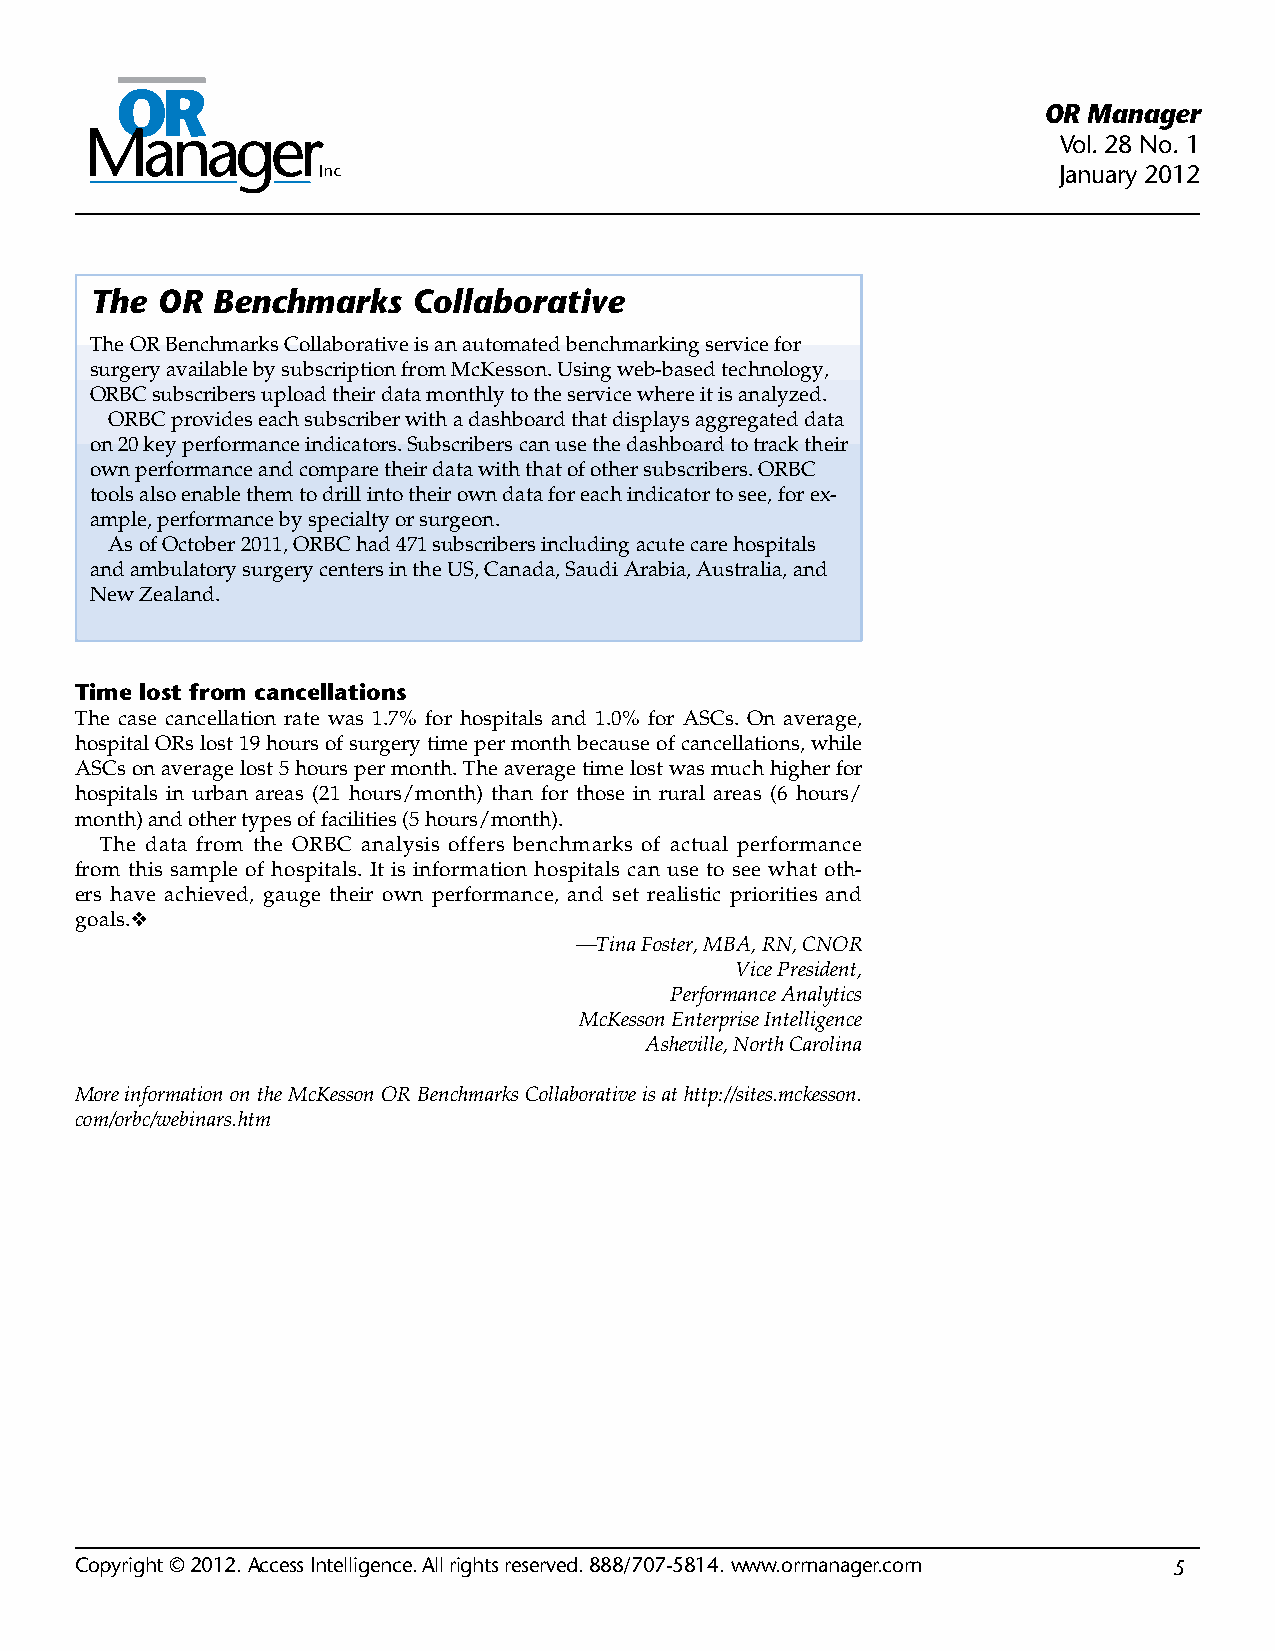
OR Manager
 Vol. 28 No. 1
 January 2012
 The OR  Benchmarks   Collaborative
 The OR Benchmarks Collaborative is an automated benchmarking service for
 surgery available by subscription from McKesson. Using web-based technology,
 ORBC subscribers upload their data monthly to the service where it is analyzed.
 ORBC provides each subscriber with a dashboard that displays aggregated data
 on 20 key performance indicators. Subscribers can use the dashboard to track their
 own performance and compare their data with that of other subscribers. ORBC
 tools also enable them to drill into their own data for each indicator to see, for ex-
 ample, performance by specialty or surgeon.
 As of October 2011, ORBC had 471 subscribers including acute care hospitals
 and ambulatory surgery centers in the US, Canada, Saudi Arabia, Australia, and
 New Zealand.
 Time lost from cancellations
 The case cancellation rate was 1.7% for hospitals and 1.0% for ASCs. On average,
 hospital ORs lost 19 hours of surgery time per month because of cancellations, while
 ASCs on average lost 5 hours per month. The average time lost was much higher for
 hospitals in urban areas (21 hours/month) than for those in rural areas (6 hours/
 month) and other types of facilities (5 hours/month).
 The data from the ORBC analysis offers benchmarks of actual performance
 from this sample of hospitals. It is information hospitals can use to see what oth-
 ers have achieved, gauge their own performance, and set realistic priorities and
 goals.❖
 —Tina Foster, MBA, RN, CNOR
 Vice President,
 Performance Analytics
 McKesson Enterprise Intelligence
 Asheville, North Carolina
 More information on the McKesson OR Benchmarks Collaborative is at http://sites.mckesson.
 com/orbc/webinars.htm
 C opyright © 2012. Access Intelligence. All rights reserved. 888/707-5814. www.ormanager.com 5